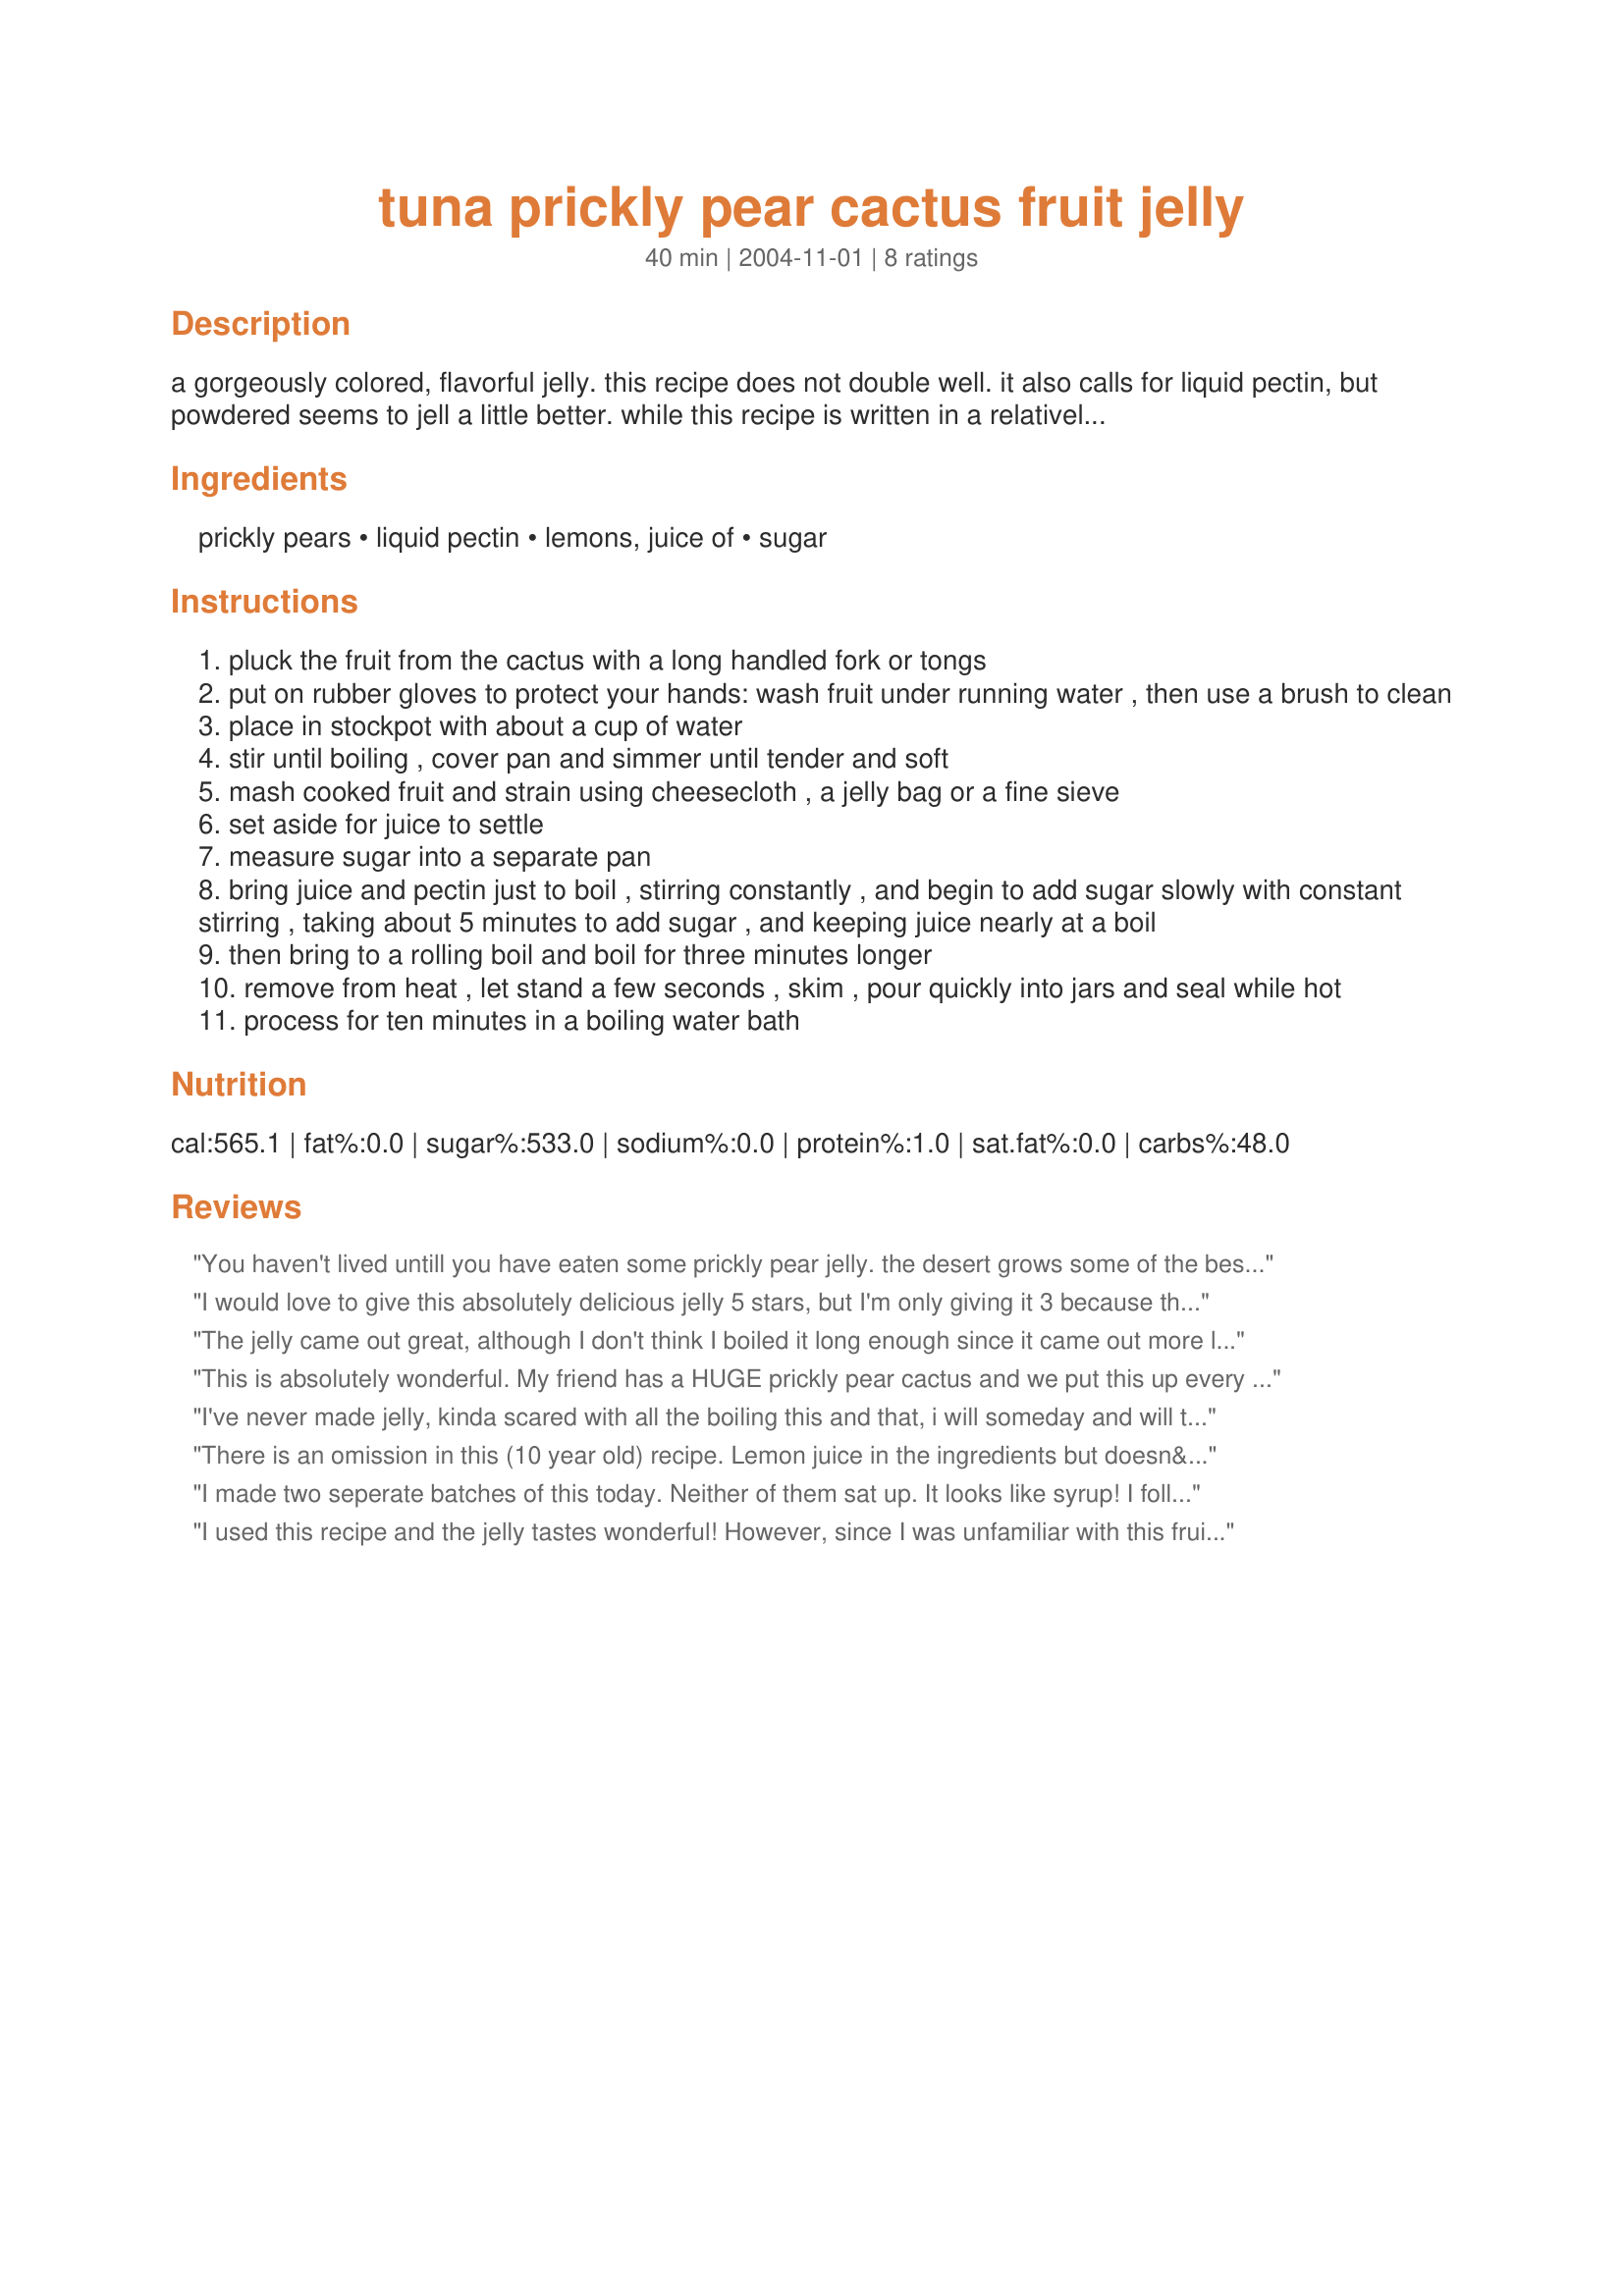
tuna prickly pear cactus fruit jelly
Preparation time: 40 minutes

a gorgeously colored, flavorful jelly. this recipe does not double well. it also calls for liquid pectin, but powdered seems to jell a little better. while this recipe is written in a relatively old-fashioned way, it is perfectly safe if processed using modern methods. if you are unfamiliar with these techniques, please go to http://www.uga.edu/nchfp/how/can_home.html for the current information.

Ingredients:
prickly pears, liquid pectin, lemons, juice of, sugar

Steps:
pluck the fruit from the cactus with a long handled fork or tongs
put on rubber gloves to protect your hands: wash fruit under running water , then use a brush to clean
place in stockpot with about a cup of water
stir until boiling , cover pan and simmer until tender and soft
mash cooked fruit and strain using cheesecloth , a jelly bag or a fine sieve
set aside for juice to settle
measure sugar into a separate pan
bring juice and pectin just to boil , stirring constantly , and begin to add sugar slowly with constant stirring , taking about 5 minutes to add sugar , and keeping juice nearly at a boil
then bring to a rolling boil and boil for three minutes longer
remove from heat , let stand a few seconds , skim , pour quickly into jars and seal while hot
process for ten minutes in a boiling water bath

Reviews:
You haven't lived untill you have eaten some prickly pear jelly. the desert grows some of the best tasting fruit in the country, but guards then very well with spines. Try this it is great.
I would love to give this absolutely delicious jelly 5 stars, but I'm only giving it 3 because the recipe does not state when to add the lemon juice, and since I followed the recipe to a T, I didn't realize until the jelly was in the canner that I hadn't added the lemon juice.....much to my extreme consternation! I did some research and learned, fortunately, that the lemon juice is not necessary for food safety, only for taste and jellability and, unfortunately, lack of it did affect my jelly in a negative way: it came out thick and hard to spread, not like a true jelly, although it still tasted great. I used a 1.75 oz. box of powdered pectin instead of the liquid. Also, I only got seven 1/2-pint jars, not 12.
The jelly came out great, although I don't think I boiled it long enough since it came out more like honey than jelly. It is still delicious though! It tastes great on waffles and even ice cream.
This is absolutely wonderful. My friend has a HUGE prickly pear cactus and we put this up every fall and I send it to all my relatives in the Chrismas goodie boxes. I get requests for it from them now. I've had some that didn't set up well but the kids use it as syrup on their pancakes. Also, you can warm in the microwave oven, add some thyme or rosemary(my favorite is thyme)and brush it on roast chicken the last 30 minutes and it is wonderful! Thanks so much for sharing.
I've never made jelly, kinda scared with all the boiling this and that, i will someday and will try it with this recipe. I did however use this idea to make a slushy. I boiled the fruit in some what, poured it through a sieve, dumped in some sugar, and froze, stirrinng every once in a while. I went shopping and when i returned thare was a delicious cactus fruit slushy waiting for me. Thanks for the inspiration!
There is an omission in this (10 year old) recipe. Lemon juice in the ingredients but doesn&#039;t say when to add it. That adds pectin and missing it would make it a bit loose. I&#039;d suggest adding it to the tuna juice before bringing it to the first boil and before the sugar or at least that works well for me. I have made it with the liquid pectin as written and it is great. Have also made it just this year with Ball&#039;s RealFruit Classic powdered, using 6 TBS to replace the liquid in the recipe, and it is great. &lt;br/&gt;&lt;br/&gt;Just a thought for KSStadt, Your review is dated 3rd week of July and I wouldn&#039;t expect the tuna&#039;s to be ripe enough to use until late August or early September. Or later the farther north of the Mexican border you go. You should try a fresh batch this month or next, and plug in the missing lemons :). You might try one batch using powdered pectin and see if that&#039;s better for you. .
I made two seperate batches of this today. Neither of them sat up. It looks like syrup! I followed your recipe to the t. I&#039;ve made pp jelly before and thought I would use a new recipe to see the difference. What a waste of my prickly pear juice. Why is everyone rating this recipe with so many stars. If you read the reviews hardly anyones jelly sets up! We&#039;re not doing it wrong, the recipe is wrong.
I used this recipe and the jelly tastes wonderful! However, since I was unfamiliar with this fruit, I followed the recipe and found the jelly a bit too stiff for my liking. I think my next batch will be only one minute at a rolling boil after I add the sugar and I'll add it all at once, just like my other jellies.<br/>I did singe the fruit to remove those aggravating little spines and I cut the fruit in half to boil for the juice.<br/>Thanks for introducing me to this recipe.
